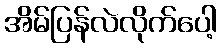
အိမ်ပြန်လဲလိုက်ပေါ့